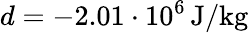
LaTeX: d=-2.01\cdot 10^{6}\, \mathrm{J/kg}